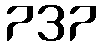
737